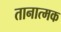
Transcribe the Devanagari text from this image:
तानात्मक